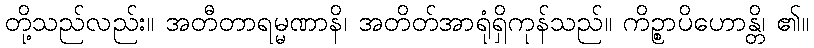
တို့သည်လည်း။ အတီတာရမ္မဏာနိ၊ အတိတ်အာရုံရှိကုန်သည်။ ကိဉ္စာပိဟောန္တိ၊ ၏။